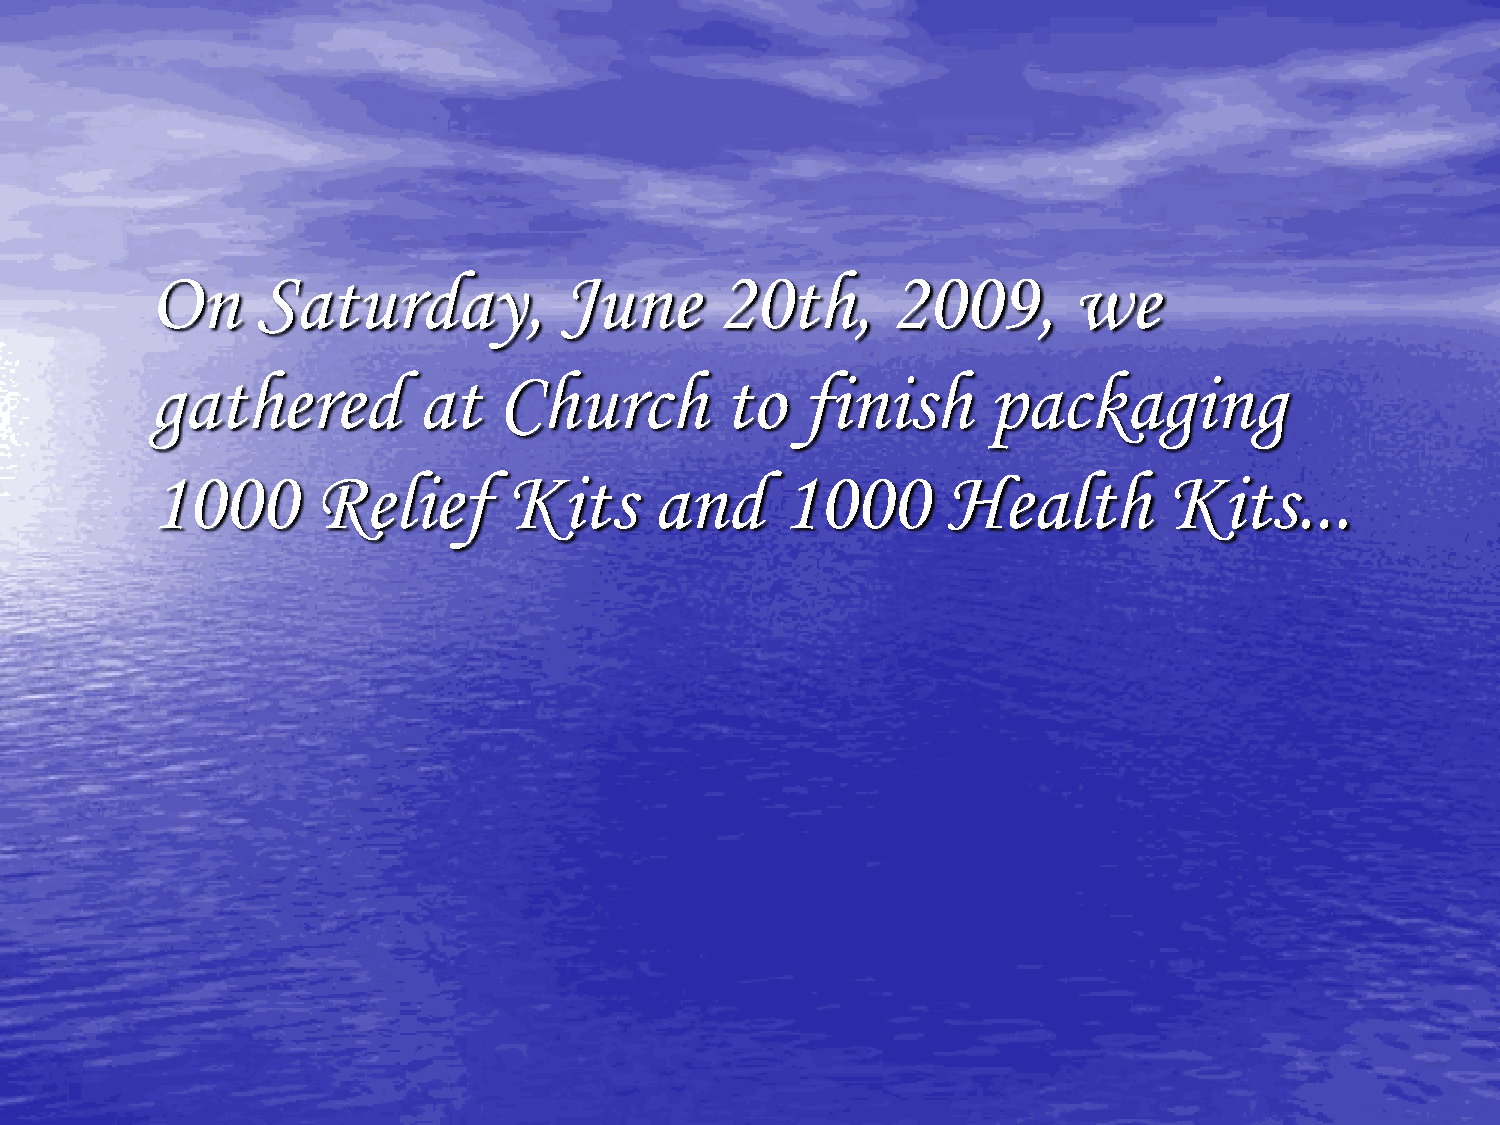
On     Saturday,           June      20th,       2009,       we
 gathered          at   Church         to   finish      packaging
 1000       Relief       Kits     and      1000       Health        Kits...